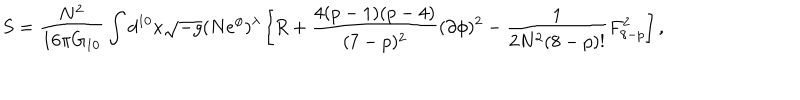
LaTeX: S = \frac { N ^ { 2 } } { 1 6 \pi G _ { 1 0 } } \int d ^ { 1 0 } x \sqrt { - g } ( N e ^ { \phi } ) ^ { \lambda } \left[ R + \frac { 4 ( p - 1 ) ( p - 4 ) } { ( 7 - p ) ^ { 2 } } ( \partial \phi ) ^ { 2 } - \frac { 1 } { 2 N ^ { 2 } ( 8 - p ) ! } F _ { 8 - p } ^ { 2 } \right] ,